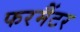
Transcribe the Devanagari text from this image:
फरमैंटर